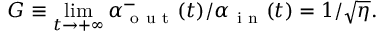
G \equiv \operatorname* { l i m } _ { t \to + \infty } \alpha _ { \mathrm { ~ o ~ u ~ t ~ } } ^ { - } ( t ) / \alpha _ { \mathrm { ~ i ~ n ~ } } ( t ) = 1 / \sqrt { \eta } .